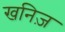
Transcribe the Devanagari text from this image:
खनिज़